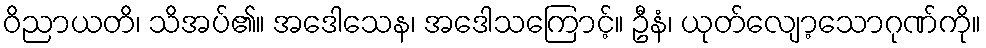
ဝိညာယတိ၊ သိအပ်၏။ အဒေါသေန၊ အဒေါသကြောင့်။ ဦနံ၊ ယုတ်လျော့သောဂုဏ်ကို။